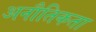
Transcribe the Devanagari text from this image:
अनौतिकता